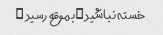
خسته نباشید …بموقع رسید …